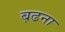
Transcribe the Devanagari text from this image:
ब़ढना